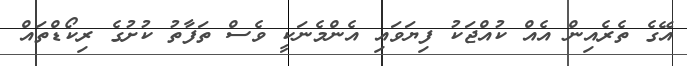
އޭގެ ތެރެއިން އެއް ކުއްޖަކު ފިޔަވައި އެންމެނަކީ ވެސް ތަފާތު ކުށުގެ ރިކޯޑްތައް